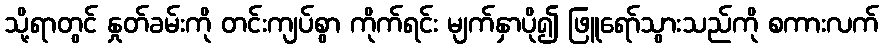
သို့ရာတွင် နှုတ်ခမ်းကို တင်းကျပ်စွာ ကိုက်ရင်း မျက်နှာပို၍ ဖြူရော်သွားသည်ကို စကားလက်